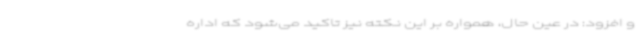
و افزود: در عین حال، همواره بر این نکته نیز تاکید می‌شود که اداره